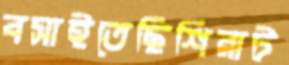
বসাইতেছিশিরাট